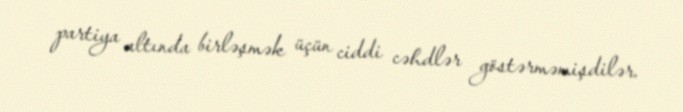
partiya altında birləşmək üçün ciddi cəhdlər göstərməmişdilər.